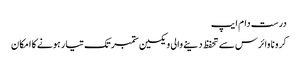
درست دام ایپ
کرونا وائرس سے تحفظ دینے والی ویکسین ستمبر تک تیار ہونے کا امکان